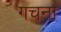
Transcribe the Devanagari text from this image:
गचना